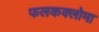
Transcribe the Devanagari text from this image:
फलकक्लोमा